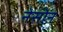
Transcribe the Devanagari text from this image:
नेसोन